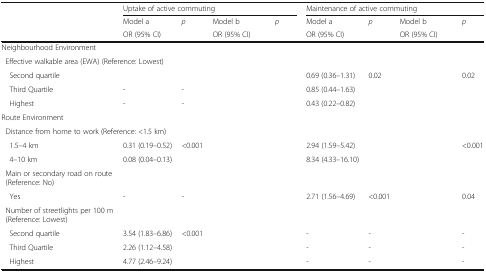
<table><thead><tr><td rowspan="3">[EMPTY_CELL]</td><td colspan="4"><b>Uptake of active commuting</b></td><td colspan="4"><b>Maintenance of active commuting</b></td></tr><tr><td><b>Model a</b></td><td rowspan="2"><b><i>p</i></b></td><td><b>Model b</b></td><td rowspan="2"><b><i>p</i></b></td><td><b>Model a</b></td><td rowspan="2"><b><i>p</i></b></td><td><b>Model b</b></td><td rowspan="2"><b><i>p</i></b></td></tr><tr><td><b>OR (95% CI)</b></td><td><b>OR (95% CI)</b></td><td><b>OR (95% CI)</b></td><td><b>OR (95% CI)</b></td></tr></thead><tbody><tr><td colspan="9">Neighbourhood Environment</td></tr><tr><td colspan="9"> Effective walkable area (EWA) (Reference: Lowest)</td></tr><tr><td> Second quartile</td><td>[EMPTY_CELL]</td><td>[EMPTY_CELL]</td><td>[EMPTY_CELL]</td><td>[EMPTY_CELL]</td><td>0.69 (0.36–1.31)</td><td>0.02</td><td>[EMPTY_CELL]</td><td>0.02</td></tr><tr><td> Third Quartile</td><td>-</td><td>-</td><td>[EMPTY_CELL]</td><td>[EMPTY_CELL]</td><td>0.85 (0.44–1.63)</td><td>[EMPTY_CELL]</td><td>[EMPTY_CELL]</td><td>[EMPTY_CELL]</td></tr><tr><td> Highest</td><td>-</td><td>-</td><td>[EMPTY_CELL]</td><td>[EMPTY_CELL]</td><td>0.43 (0.22–0.82)</td><td>[EMPTY_CELL]</td><td>[EMPTY_CELL]</td><td>[EMPTY_CELL]</td></tr><tr><td colspan="9">Route Environment</td></tr><tr><td colspan="9"> Distance from home to work (Reference: &lt;1.5 km)</td></tr><tr><td> 1.5–4 km</td><td>0.31 (0.19–0.52)</td><td>&lt;0.001</td><td>[EMPTY_CELL]</td><td>[EMPTY_CELL]</td><td>2.94 (1.59–5.42)</td><td>[EMPTY_CELL]</td><td>[EMPTY_CELL]</td><td>&lt;0.001</td></tr><tr><td> 4–10 km</td><td>0.08 (0.04–0.13)</td><td>[EMPTY_CELL]</td><td>[EMPTY_CELL]</td><td>[EMPTY_CELL]</td><td>8.34 (4.33–16.10)</td><td>[EMPTY_CELL]</td><td>[EMPTY_CELL]</td><td>[EMPTY_CELL]</td></tr><tr><td> Main or secondary road on route (Reference: No)</td><td>[EMPTY_CELL]</td><td>[EMPTY_CELL]</td><td>[EMPTY_CELL]</td><td>[EMPTY_CELL]</td><td>[EMPTY_CELL]</td><td>[EMPTY_CELL]</td><td>[EMPTY_CELL]</td><td>[EMPTY_CELL]</td></tr><tr><td> Yes</td><td>-</td><td>-</td><td>[EMPTY_CELL]</td><td>[EMPTY_CELL]</td><td>2.71 (1.56–4.69)</td><td>&lt;0.﻿001</td><td>[EMPTY_CELL]</td><td>0.04</td></tr><tr><td> Number of streetlights per 100 m (Reference: Lowest)</td><td>[EMPTY_CELL]</td><td>[EMPTY_CELL]</td><td>[EMPTY_CELL]</td><td>[EMPTY_CELL]</td><td>[EMPTY_CELL]</td><td>[EMPTY_CELL]</td><td>[EMPTY_CELL]</td><td>[EMPTY_CELL]</td></tr><tr><td> Second quartile</td><td>3.54 (1.83–6.86)</td><td>&lt;0.001</td><td>[EMPTY_CELL]</td><td>[EMPTY_CELL]</td><td>-</td><td>-</td><td>[EMPTY_CELL]</td><td>-</td></tr><tr><td> Third Quartile</td><td>2.26 (1.12–4.58)</td><td>[EMPTY_CELL]</td><td>[EMPTY_CELL]</td><td>[EMPTY_CELL]</td><td>-</td><td>-</td><td>[EMPTY_CELL]</td><td>-</td></tr><tr><td> Highest</td><td>4.77 (2.46–9.24)</td><td>[EMPTY_CELL]</td><td>[EMPTY_CELL]</td><td>[EMPTY_CELL]</td><td>-</td><td>-</td><td>[EMPTY_CELL]</td><td>-</td></tr></tbody></table>